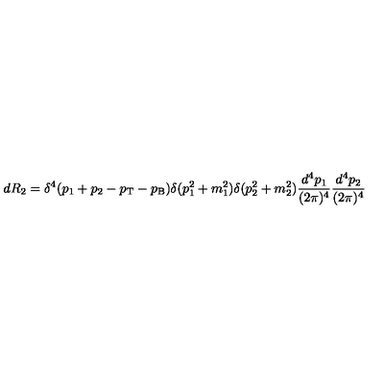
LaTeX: d R _ { 2 } = \delta ^ { 4 } ( p _ { 1 } + p _ { 2 } - p _ { \mathrm { T } } - p _ { \mathrm { B } } ) \delta ( p _ { 1 } ^ { 2 } + m _ { 1 } ^ { 2 } ) \delta ( p _ { 2 } ^ { 2 } + m _ { 2 } ^ { 2 } ) \frac { d ^ { 4 } p _ { 1 } } { ( 2 \pi ) ^ { 4 } } \frac { d ^ { 4 } p _ { 2 } } { ( 2 \pi ) ^ { 4 } }